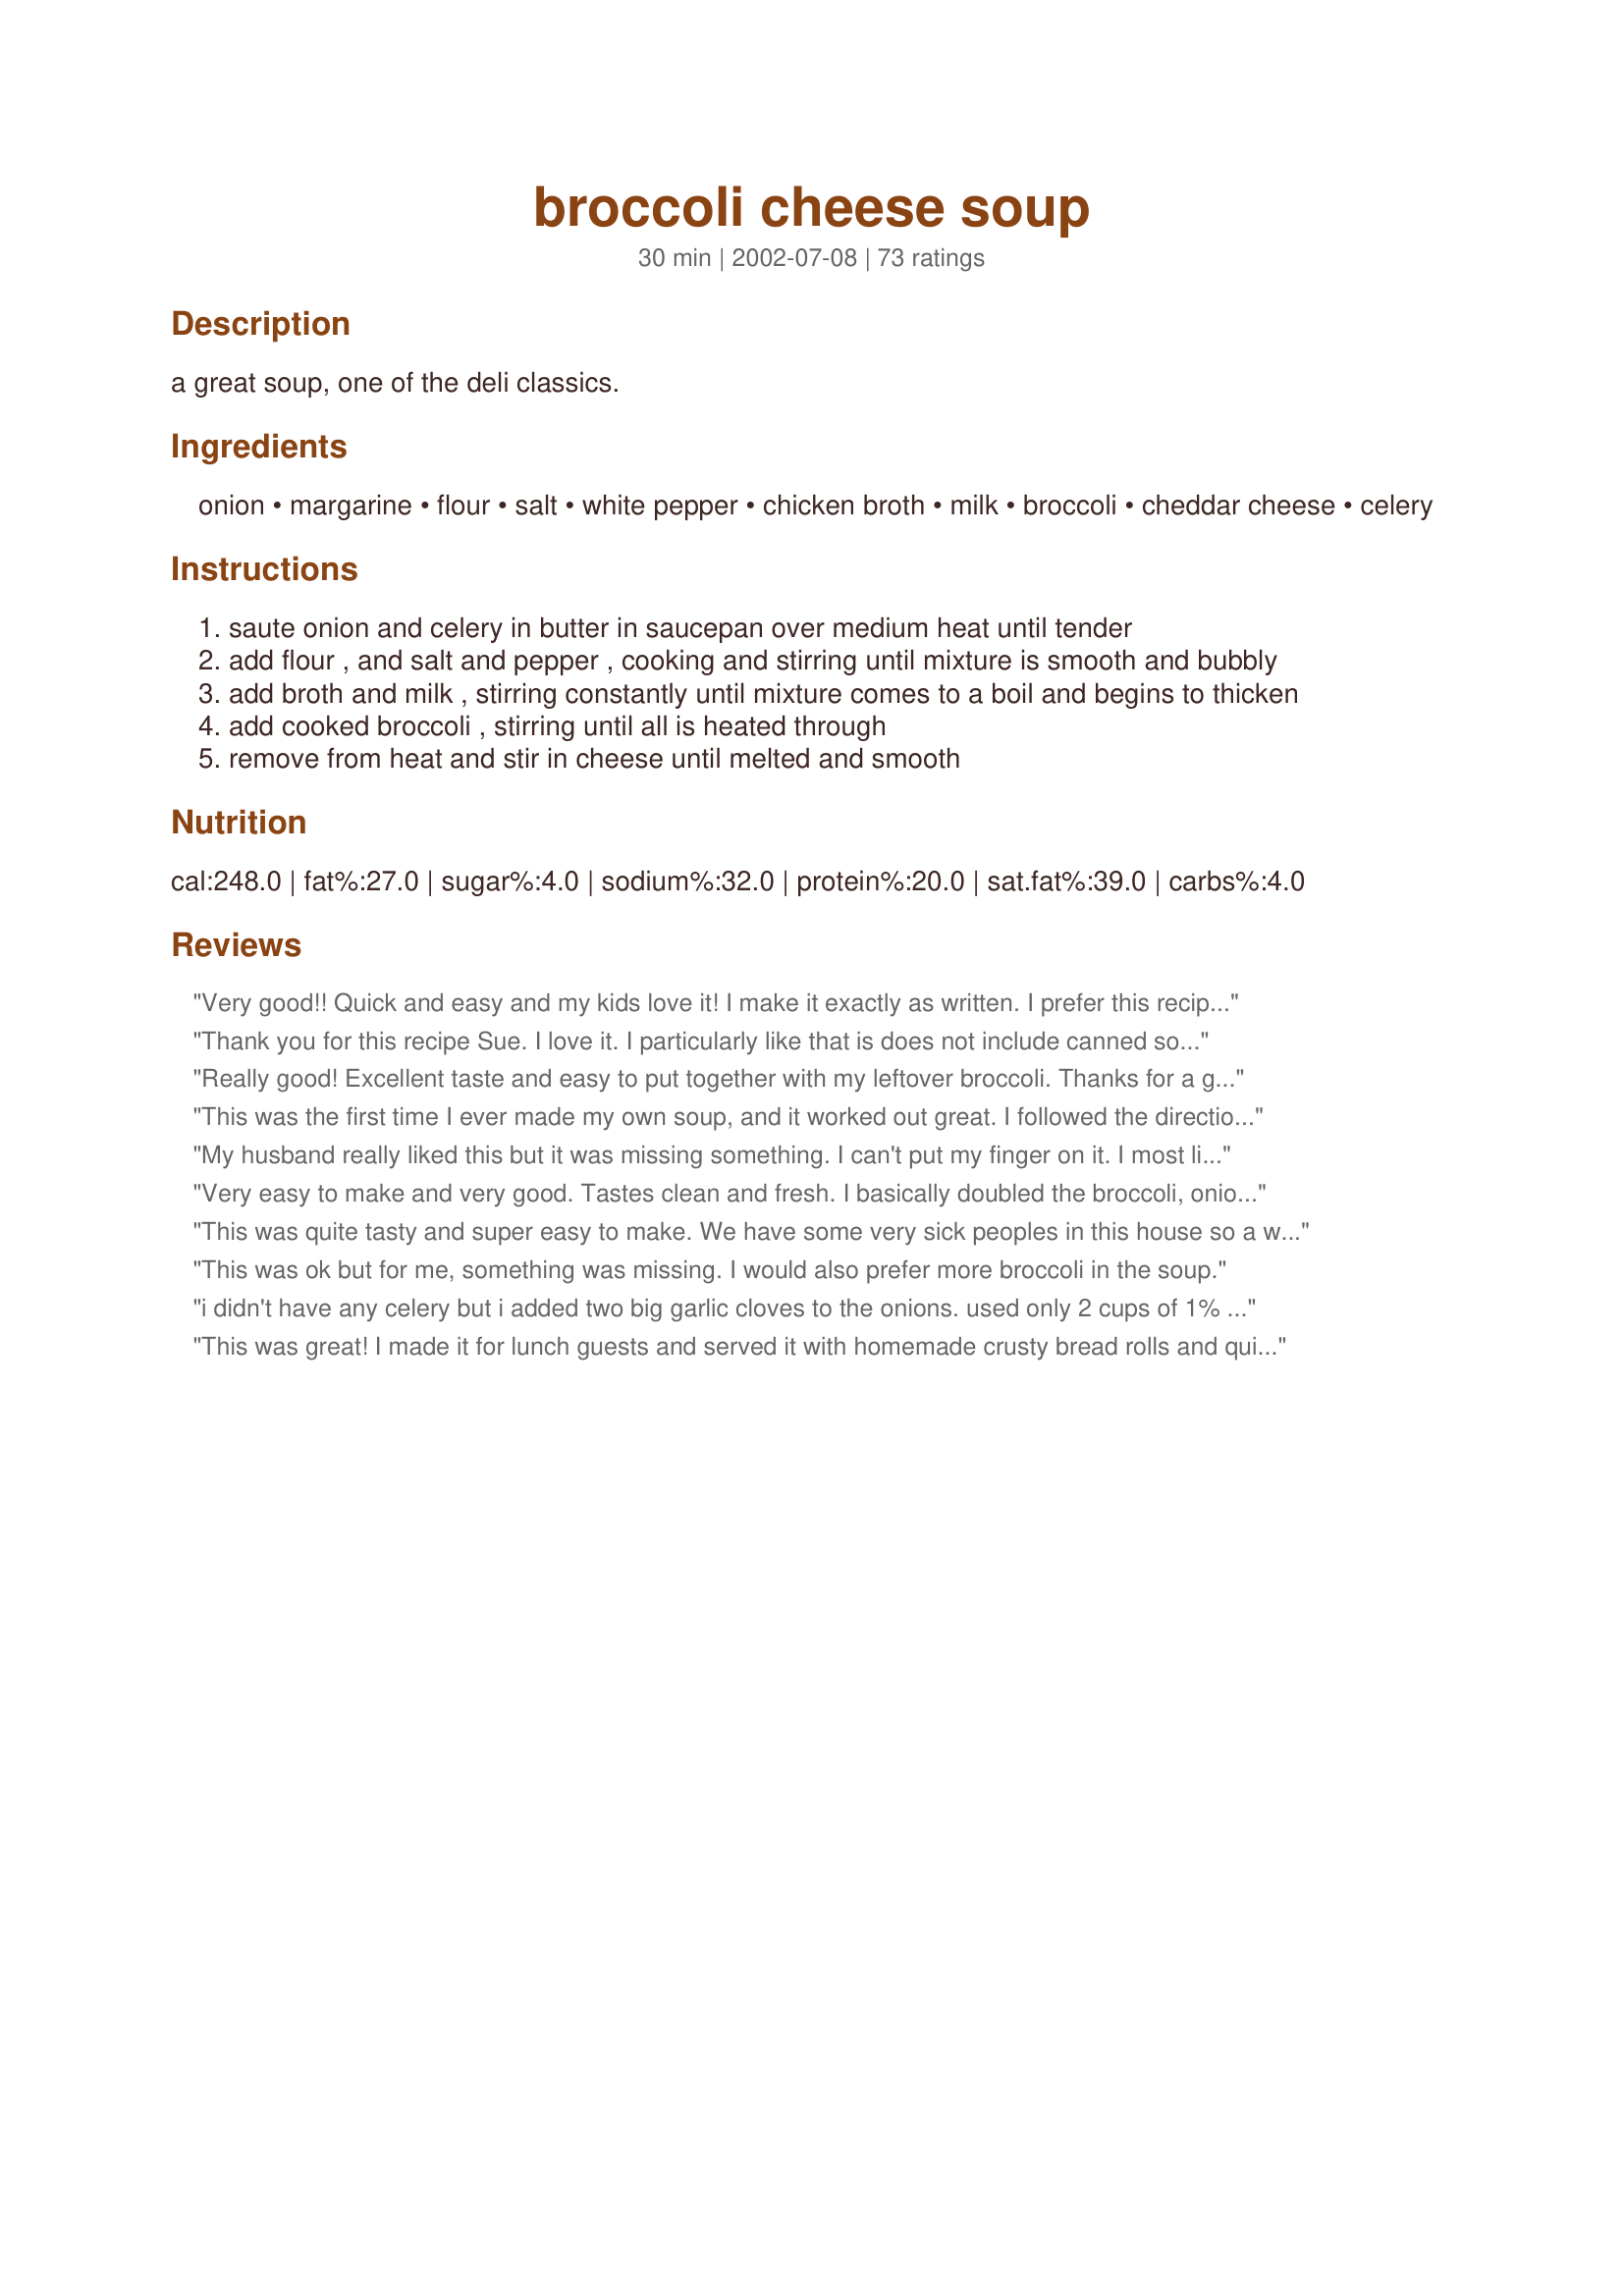
broccoli cheese soup
Preparation time: 30 minutes

a great soup, one of the deli classics.

Ingredients:
onion, margarine, flour, salt, white pepper, chicken broth, milk, broccoli, cheddar cheese, celery

Steps:
saute onion and celery in butter in saucepan over medium heat until tender
add flour , and salt and pepper , cooking and stirring until mixture is smooth and bubbly
add broth and milk , stirring constantly until mixture comes to a boil and begins to thicken
add cooked broccoli , stirring until all is heated through
remove from heat and stir in cheese until melted and smooth

Reviews:
Very good!! Quick and easy and my kids love it! I make it exactly as written. I prefer this recipe because i dont like the velveta cheese. I dont like the texture it give the soup.
Thank you for this recipe Sue. I love it. I particularly like that is does not include canned soup or velveeta. I used fresh broccoli, chopped, then steamed in the microwave. I also added carrots to the celery and onion. It is a wonderful recipe.
Really good! Excellent taste and easy to put together with my leftover broccoli. Thanks for a great recipe
This was the first time I ever made my own soup, and it worked out great. I followed the directions exactly, and I loved it. I had this with some nice garlic toast, and it was a nice meal for a cold day.
My husband really liked this but it was missing something. I can't put my finger on it. I most likely won't make this again.
Very easy to make and very good. Tastes clean and fresh. I basically doubled the broccoli, onion and celery. Perfect consistency.
This was quite tasty and super easy to make. We have some very sick peoples in this house so a warm bowl of soup is what I made. I did use my hand blender to cut up the onions, carrots (I added it), and celery. The soup was very creamy and hearty.
This was ok but for me, something was missing. I would also prefer more broccoli in the soup.
i didn't have any celery but i added two big garlic cloves to the onions. used only 2 cups of 1% milk and that was plenty. the broth became a cup of water and a broth cube. added a bit of dill too. i found this only made 2 meal-sized bowls. would have made 4 side-dish-sized cups. this was very easy and wonderful comfort food. will certainly make again.
This was great! I made it for lunch guests and served it with homemade crusty bread rolls and quiche and it went well! I only had colby cheese so that's what I used. I also added a cup of cooked chicken. Thanks heaps Sue!
I made this soup for dinner on Valentines day along with Crab legs. This was sooooo good. I had a hard time finding a Broccoli and Cheese soup that didn't have processed cheese in it. I was so glad to find this one. It was fast, easy to make and everyone liked it! I put the steamed broccoli in the food proccessor before putting it in the soup because I wanted a fairly smooth soup. I didn't have white pepper, so just put in a dash of regular pepper in it. It turned out great!
We really liked this soup. One of my husbands favorites.
Just how I like broccoli soup..... cheesey and thick, but not too thick. The little bit of celery does a lot for the flavor. I used extra onions and opted for the greater amount of cheese listed. This is a keeper. Thanx for sharing!
Very yummy simple recipe that didnt include Velveeta for once! I cant wait to make it again and try adding things to it :) Thanks!
I had a few issues with the soup. It didnt thicken up as much as I thought so I needed to add cornstarch/water mix to try to get it to thicken more. I really didnt find it cheesy or brocc. flavour. If I ever made it again, I would use the water I pre boiled the brocc in instead of stock. It was edible and good, Just not WOW!
This soup is really good. I love broccoli cheese soup! Too bad my DH hates broccoli! I think I used a little too much cheese this time (used some velveeta and some mild cheddar). Oops! I always add rice as well (2 cups cooked rice). All in all, it dirties a few pans, but it's worth it! Thanks!
Ick! We did not like this soup at all. I followed the directions exactly and did not have good results. It did not have good flavor and it was not smooth like I had anticipated. The soup was thick and pastey...not a big hit with my family. I will continue my search for the "perfect broccoli soup"recipe.
I altered this slightly to make it in the crock-pot. I followed the first two steps of the recipe, then I put all the ingredients except the cheese in the crock-pot and added extra broth. I let it cook for 4 or 5 hours on low. I used evaporated milk instead of regular and frozen broccoli. About an hour before serving I pureed some of the broccoli chunks in the blender to make it smoother, then I added the cheese. My husband, who is not big on soup requested that I make this again. Thanks Sue!
This soup was really great... my daughter was very impressed that i made it and excited cause that means i can make it again and she won't have to beg me to buy it. it was easy and came out nice and creamy, not overly cheesy or too thick.. very nice. thanks
not only DELISHIUS but easy as well!
this was just what i was looking for! thanks!
Good taste, strange consistency. I followed the directions as written except for the omission of the celery. Not sure if I made a mistake along the way or if it just the way this soup tastes but it was gritty. I will probably try the recipe again and use less flour??
I thought that it was a little rich for me, but the rest of the family enjoyed the soup. I did use a can of evaporated milk and topped the rest off with non fat milk and used a 6 year old aged cheddar for the cheese component. Thanks for posting an extremely quick soup to make.
I think the reason I didn't like this was because I used too much broccoli and I don't think I cooked it right before adding it to the soup. I will make it again using frozen broccoli and chop it up in my food processor as another reviewer suggested. The soup didn't thicken up too much, but it was an okay consistency for me.
Very good! This was exactly what I was looking for and was surprisingly filling. I followed the recipe exactly, including the steaming and cooling of the broccoli. Flavors blended very well without the gritty texture of other broccoli and cheese soups. Thanks for a delicious, comfort soup Sue Lau!!!
I've made this now about 5 times! My friends and a couple coworkers that I share it with love it too. 

My adjustments are that I have to add the broth before I thicken because I use corn starch and I almost always leave celery out of my cooking. Also, I used frozen broccoli and microwaved it.

Thanks!
This soup was absolutely wonderful! We loved loved loved it! I made a pot for 2 of us last weekend and we ate the whole thing for lunch. I think I'll make some more this weekend, lol. I followed the recipe exactly except that I pureed about half of it for a thicker consistency. Yum! Thanks for posting!
DEEEEElicious!!! I am very happy to find a recipe for this soup that doesn't require processed cheese and buying special items like whipping cream, and being able to use ingredients I have at home (milk, cheddar cheese, etc.). It tastes wonderful, and I will definitely make this again (and again, and again!) Thank you!
This soup was really good! I did add a small minced clove of garlic. My 11yo son said, "make this again, Mom." Even the baby liked it! Thanks!
Love it. Tastes as good, if not better then restaurants. I like to add shredded carrots (and sometimes shredded cabbage) as well. I also use 1/2 the salt and double the pepper using black. I use fresh broccoli and find that it retains its bright green color after 1hr of cooking/cooling. If i lack time, steaming first while the rest cooks will be my go-to method. Using 2 cups of broth and 1 1/2 cups of milk still give it a great rich flavor and thickness, while cutting out a little of the fat.
Yum! I Did not see a specification for the amount of celery, so I used 1/4 cup, finely chopped. I also added some cubed ham when I added the broccoli. Served it with a loaf of french bread. Wonderful! [Editor's Note: recipe was edited as a result of this comment 12/17/02]
Very easy. I was looking for something to make that wouldn't require me to run to the store. This was perfect and fast. I think next time I might add a bit more seasoning but it was still very good. Thank you.
Excellent soup and so easy and fast to make. Served with grilled ham and cheese sandwiches. Very good dinner.
Pretty good! I shopped for the ingredients before I found a recipe, so I substituted heavy cream for some of the milk, didn't add onions because my husband hates them, and used sharp cheddar. Thanks for providing a recipe without "cream of... soup" or Velveeta, I chose this recipe specifically for its true scratch ingredients. It was really quick to put together. I steamed the broccoli & ran most of it through the food processor before adding it. Everyone loved it and had seconds.
I used the ingredients I had on hand, which meant substituting soy milk for milk and buckwheat flour for regular flour - then I tripled everything to use up my broccoli - and guess what, it still turned out delicious (although of course it looks brown instead of that lovely yellow in the picture (so I wouldn't make it this way for company). Oh yes - I added worcestershire sauce to give it a little kick. Very good - I'll no doubt make this again. Thank you for posting.
This recipe was very east to put together. I really didn't measure the ingredients, I just eye balled everything, leaning toward the heavy side. We really liked it and will make it again.
LOVE THIS! I got the broccoli in a microwavable steaming bag and that made it super easy. Taste great, easy to make and one of the best broccoli cheese soups I have ever had. That is quite an accomplishment because I am a a broccoli cheese soup addict! 5 stars. Give this one a shot!
Straightforward, simple and tasty. I doubled the ingredients. Following some other reviews, I substituted a little shaved carrot for the celery and used half 2% milk and half light cream. I also pureed the thickened mixture before adding the broccoli.
Wow this just hit the spot. I know I will be making this again.
This soup was o.k. I've tasted better (usually without cheese). But it was a nice change. I did not cook the broccoli separately though. Why waste a pan for color? May use this recipe again.
This recipe results in yummy, creamy goodness. I added sharp cheddar and swiss cheese to it. Didn't have any celery but it was still perfect.
This soup is great and a keeper for me. Thanks!
I just got finished making this soup. I too had issues getting it to thicken however, I'm hoping it will thicken after a day of sitting. Some changes that I made, as I doubled the recipe: I used skim milk so I didnt use as much since it would thin down the soup. I also threw in some shredded carrots for some color. Instead of shredded cheese I added velveeta. I used 16 oz of velveeta for the doubled recipe and it melted really easy and gave it a creamy cheese flavor. I also used frozen broccoli and just microwaved it. I used 6 cups frozen. The soup has a wonderful flavor--I just need to figure out how to thicken it better. I might try cornstarch next time.
Definitely the best Broccoli Soup recipe soup I've come across. Wonderfully rich, creamy, and tasty. Adding this to my regular meal rotation. Thank you!
Sue, thanks for a great recipe!
DS and I had this for lunch today. I had some broccoli in fridge that needed to be used and we chose this. Its very good. I did use a potato masher to break up the broccoli a bit but otherwise followed recipe. We loved it. Thank you for sharing this with us.
Wonderful! A top 10 for comfort food.This recipe is simple and easy to follow. I doubled it,added 2T of worcestershire(at the end)& used SHARP wisconsin cheddar and served the soup in crusty bread bowls...my kids ate it up!
I think I have found a great basic cream of whatever recipe! Thanks so much for sharing.
Woweee!!!! This was SO, SO, SO good!!!! I have been wanting a good recipe for this soup and my search is over! Sue, I never heard of steaming the broccoli first but it sure did preserve the BRIGHT green of the broccoli and made it look so much more appetizing than the gray-green color it fades to after extended cooking. I followed the recipe exactly except for the addition of about 1/4 c. of diced ham that I needed to use up. Next time I will double the recipe!
Wonderful! Wonderful! I'm glad I double this recipe and so is my family. Tasted just like I imagined.Great on the snowy night we had last night here in West Virginia.Thanks so much for sharing.
Awesome!! so simple! rich and creamy----the fiance loved it! thanks so much for sharing! :D
I don't eat cheese but I made this today for my fiance and he said it was pretty good, just couldn't taste very much cheese in it. I will make again but probably with a sharper cheese. Thanks for putting this recipe up :)
Just made this tonight, and it was a big hit in our little family! I love broccoli & cheese soup, but even my "anti-trees" husband finished his bowl. I reduced the milk and upped the stock, in order to cut a few calories and up the flavor. I had leftover ham, so added that and floated sea salt croutons on top. Mmmmm. There's enough left for a couple of tasty lunches!
Delicious
I was so happy to find a cheesy soup recipe that didn't call for Velveeta! This was a delicious soup. My whole family loved it! Like others, I ommited the celery and substituted shredded carrot instead. The only other change I made was in the cheese. I didn't have cheddar so I had to use a mexican blend instead. I turned out wonderfully! Comfort food at it's finest.
I made this for the first time today. All I can say is &quot;delicious&quot;. I followed the directions exactly. The prep work was easy using my Kitchen Aid food processor. Didn&#039;t t not find it hard to do at all. This will definitely be the recipe I go to every time I want some broccoli and cheese soup. No need to look anywhere else.
Very good soup. I used carrots instead of celery, and used water instead of chicken stock. I added a little salt and turmeric to make up for the missing stock (I was out). We'll definitely make this one again.
OMG! I know this is really kind of a fat bomb, but who cares when it tastes this good. My 7-year-old loved it and found out that by dipping her chicken into it, it made a whole new taste sensation. Gotta love that! I used the full 2 cups of cheese (we live in California, where the best cheese comes from!). I would not change this recipe at all.
This recipe is delicious and very easy to make. Love it. It says it serves six but that would have to be six very tiny people. It really serves two to three people.
Was looking for a good recipe to make broccoli and cheese soup for the first time, this is it!! It was easy to make but more importantly tasted amazing. I added an extra cup of chicken broth and found the consistency perfect. Thanks for the great recipe!
WOW! I just got done snarfing this down, and I ate way way too much. This is a wonderful soup, altho I did make some minor changes based on what I was craving and what I had in the cabinets... I was out of onion and celery, so I used onion powder and celery seed. After the butter was melted I added shredded carrot and sauteed that with the flour. I used frozen broccoli that I nuked for a couple minutes so I could chop it. I also added 4 oz cream cheese before I added about 2 cups colby/jack. I did cook this a bit longer to make sure the carrots were tender. The 18 mo ate it as well. Thank you for a fantastic recipe I'll be making again as soon as it gets chilly!
This was a great recipe! I boiled the broccoli before I added it to the soup, but not for very long. The color remained a bright green as well. Next time I try this, I will have to add more things like maybe some shredded carrot or ham!
I absolutely love this soup!!! I've been making it for about 4 months now and cannot believe that I have not review it yet! The flavor is awesome.....and it is easy to double!! Sometimes I will use heavy cream for some of the milk!! Thanks!
Wonderful. I added extra cheese and took a hint from the fan who added some ham that needed to be used. I made crispy fried bacon to sprinkle on top. Big hit at our house!
Just what I was looking for! I doubled the recipe, used turket stock from Thanksgiving, carrots instead of celery and frozen broccoli flowerets that I chopped fine. Yum-m-m! This is a great comfort soup and so flavorful. Thanks, Carole in Orlando
A tasty soup that is quick easy and delicious. Followed the recipe exactly and it was just right!! Thanks so much for posting.
Loved this... very tasty. For the broccoli, I used Green Giant steamers chopped broccoli (the whole bag) which was perfect and fast. I used 2 cups of sharp cheddar. It was very cheesy, which is how I like it! Totally delicious the next day too. Oh, also, my daughter is a vegetarian so I subbed organic vegetable broth for the chicken broth. Divine! Thanks for a new family favorite!
YUMMY! You think the Broccoli and Cheedar soup in a can is delicious but when you make this... It blows the canned kind out of the water!! This is absolutely delicious and we didn't alter anything in the recipe; Definitely a recipe to add to the cookbook :)
A great soup! Stayed mostly true to the recipe but added some real bacon bits and more cheese. Plus I used old cheddar. Will make it again!
This is absolutely delicious! I had two huge bowls as soon as I finished making it (I'm pregnant). I omitted the celery because I don't like it and instead added a whole large onion chopped up. My husband isn't really into carrots, so I decided to that was a bette route. I also used a really nice, white cheddar cheese (so worth it to go for a quality cheese vs. something like Velveeta) and went for the full 2 cups. A perfect,cozy, cool weather dinner!
My first attempt at soup from scratch. Very easy and very good. I used shredded carrots instead of celery and added a clove of garlic when sauteing. Will definitely make this again.
This is so yummy and way better than what I have had in restaurants. Very thick and creamy.
Really yummy. Used 2 C of skim and 1/2 C of whip cream. Didn't have celery on hand so just doubled the onion to 1/2 C. Used homemade chicken stock which always makes a difference. Was ever so slightly salty probably from the rotisserie bones in the stock so I will wait and add the salt at the very end to taste. Made exactly 4 servings for us with none left over, will make sure to save this and use it again when I have some cheese that needs to get used, thanks!
This soup is really good. Nice thick and creamy with a rich cheddar flavor. Yummy! :) Thanks for the recipe.
